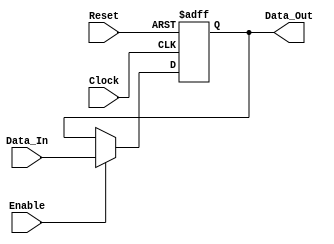
module register_32_bit (
    output reg [31:0] Data_Out,
    input wire [31:0] Data_In,
    input wire Enable, Clock, Reset
);

    always @ (posedge Clock or negedge Reset)
        begin
            if (!Reset)
                begin
                    Data_Out <= 32'h0;
                end
            else
                if (Enable)
                    begin
                        Data_Out <= Data_In;
                    end
        end

endmodule

module tb_register_32_bit();

wire [31:0] data_out;
reg [31:0] data_in;
reg enable, clock, reset;

register_32_bit comp_1(.Data_Out(data_out), .Data_In(data_in), .Enable(enable), .Clock(clock), .Reset(reset));

// Enable
initial
    begin
        enable = 1'b0;
        #9
        enable = 1'b1;
    end

// Clock
initial
    begin
        clock = 1'b0;
    end

always
    begin
        #1 clock = ~clock;
    end

// Reset
initial
    begin
        reset = 1'b1;
        #2 reset = 1'b0;
        #2 reset = 1'b1;
    end

initial
    begin
        $dumpfile("register_32_bit.vcd");
        $dumpvars(0, tb_register_32_bit);
        data_in = 32'hA;
        #2 data_in = 32'hB;
        #2 data_in = 32'hC;
        #2 data_in = 32'hAC;
        #2 data_in = 32'h32;
        #2 data_in = 32'h50;
        #2 enable = 1'b0;
        #2 data_in = 32'h20;
        #2 data_in = 32'hB;
        #2 data_in = 32'hC;
        #2 data_in = 32'hAC;
        #2 data_in = 32'h32;
        #2 data_in = 32'h50;
        #2 data_in = 32'h20;
        $finish;
    end

endmodule